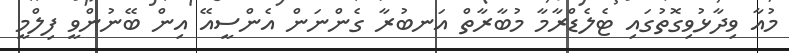
މުއާ ވިދާޅުވިގޮތުގައި ޓެލެޑްރާމާ މުބާރާތް އަނބުރާ ގެންނަން އެންސީއޭ އިން ބޭނުންވީ ފިލްމީ